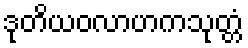
ဒုတိယဝလာဟကသုတ္တံ